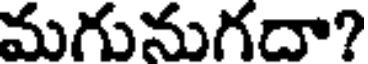
మగునుగదా?